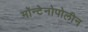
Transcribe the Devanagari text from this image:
मॉन्टेनोपोलीन